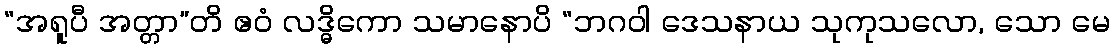
“အရူပီ အတ္တာ”တိ ဧဝံ လဒ္ဓိကော သမာနောပိ “ဘဂဝါ ဒေသနာယ သုကုသလော, သော မေ